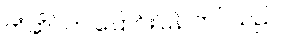
တံဆိပ်က ပြောင်းပြန် ကပ်သည်။